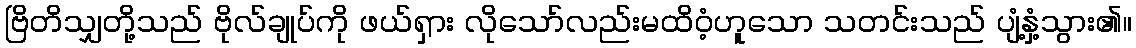
ဗြိတိသျှတို့သည် ဗိုလ်ချုပ်ကို ဖယ်ရှား လိုသော်လည်းမထိဝံ့ဟူသော သတင်းသည် ပျံ့နှံ့သွား၏။